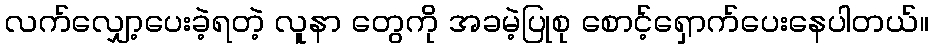
လက်လျှော့ပေးခဲ့ရတဲ့ လူနာ တွေကို အခမဲ့ပြုစု စောင့်ရှောက်ပေးနေပါတယ်။